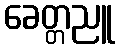
ခေတ္တညူ